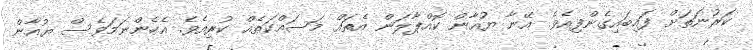
ކަރުނަތަށް ފައިބައިގެންފިއެވެ. އޭނާ ޔުއާން ކޮއްޕާލަން އެތައް މަސައްކަތެއް ކުރިއެވެ. އެހެންނަމަވެސް ޔުއާން